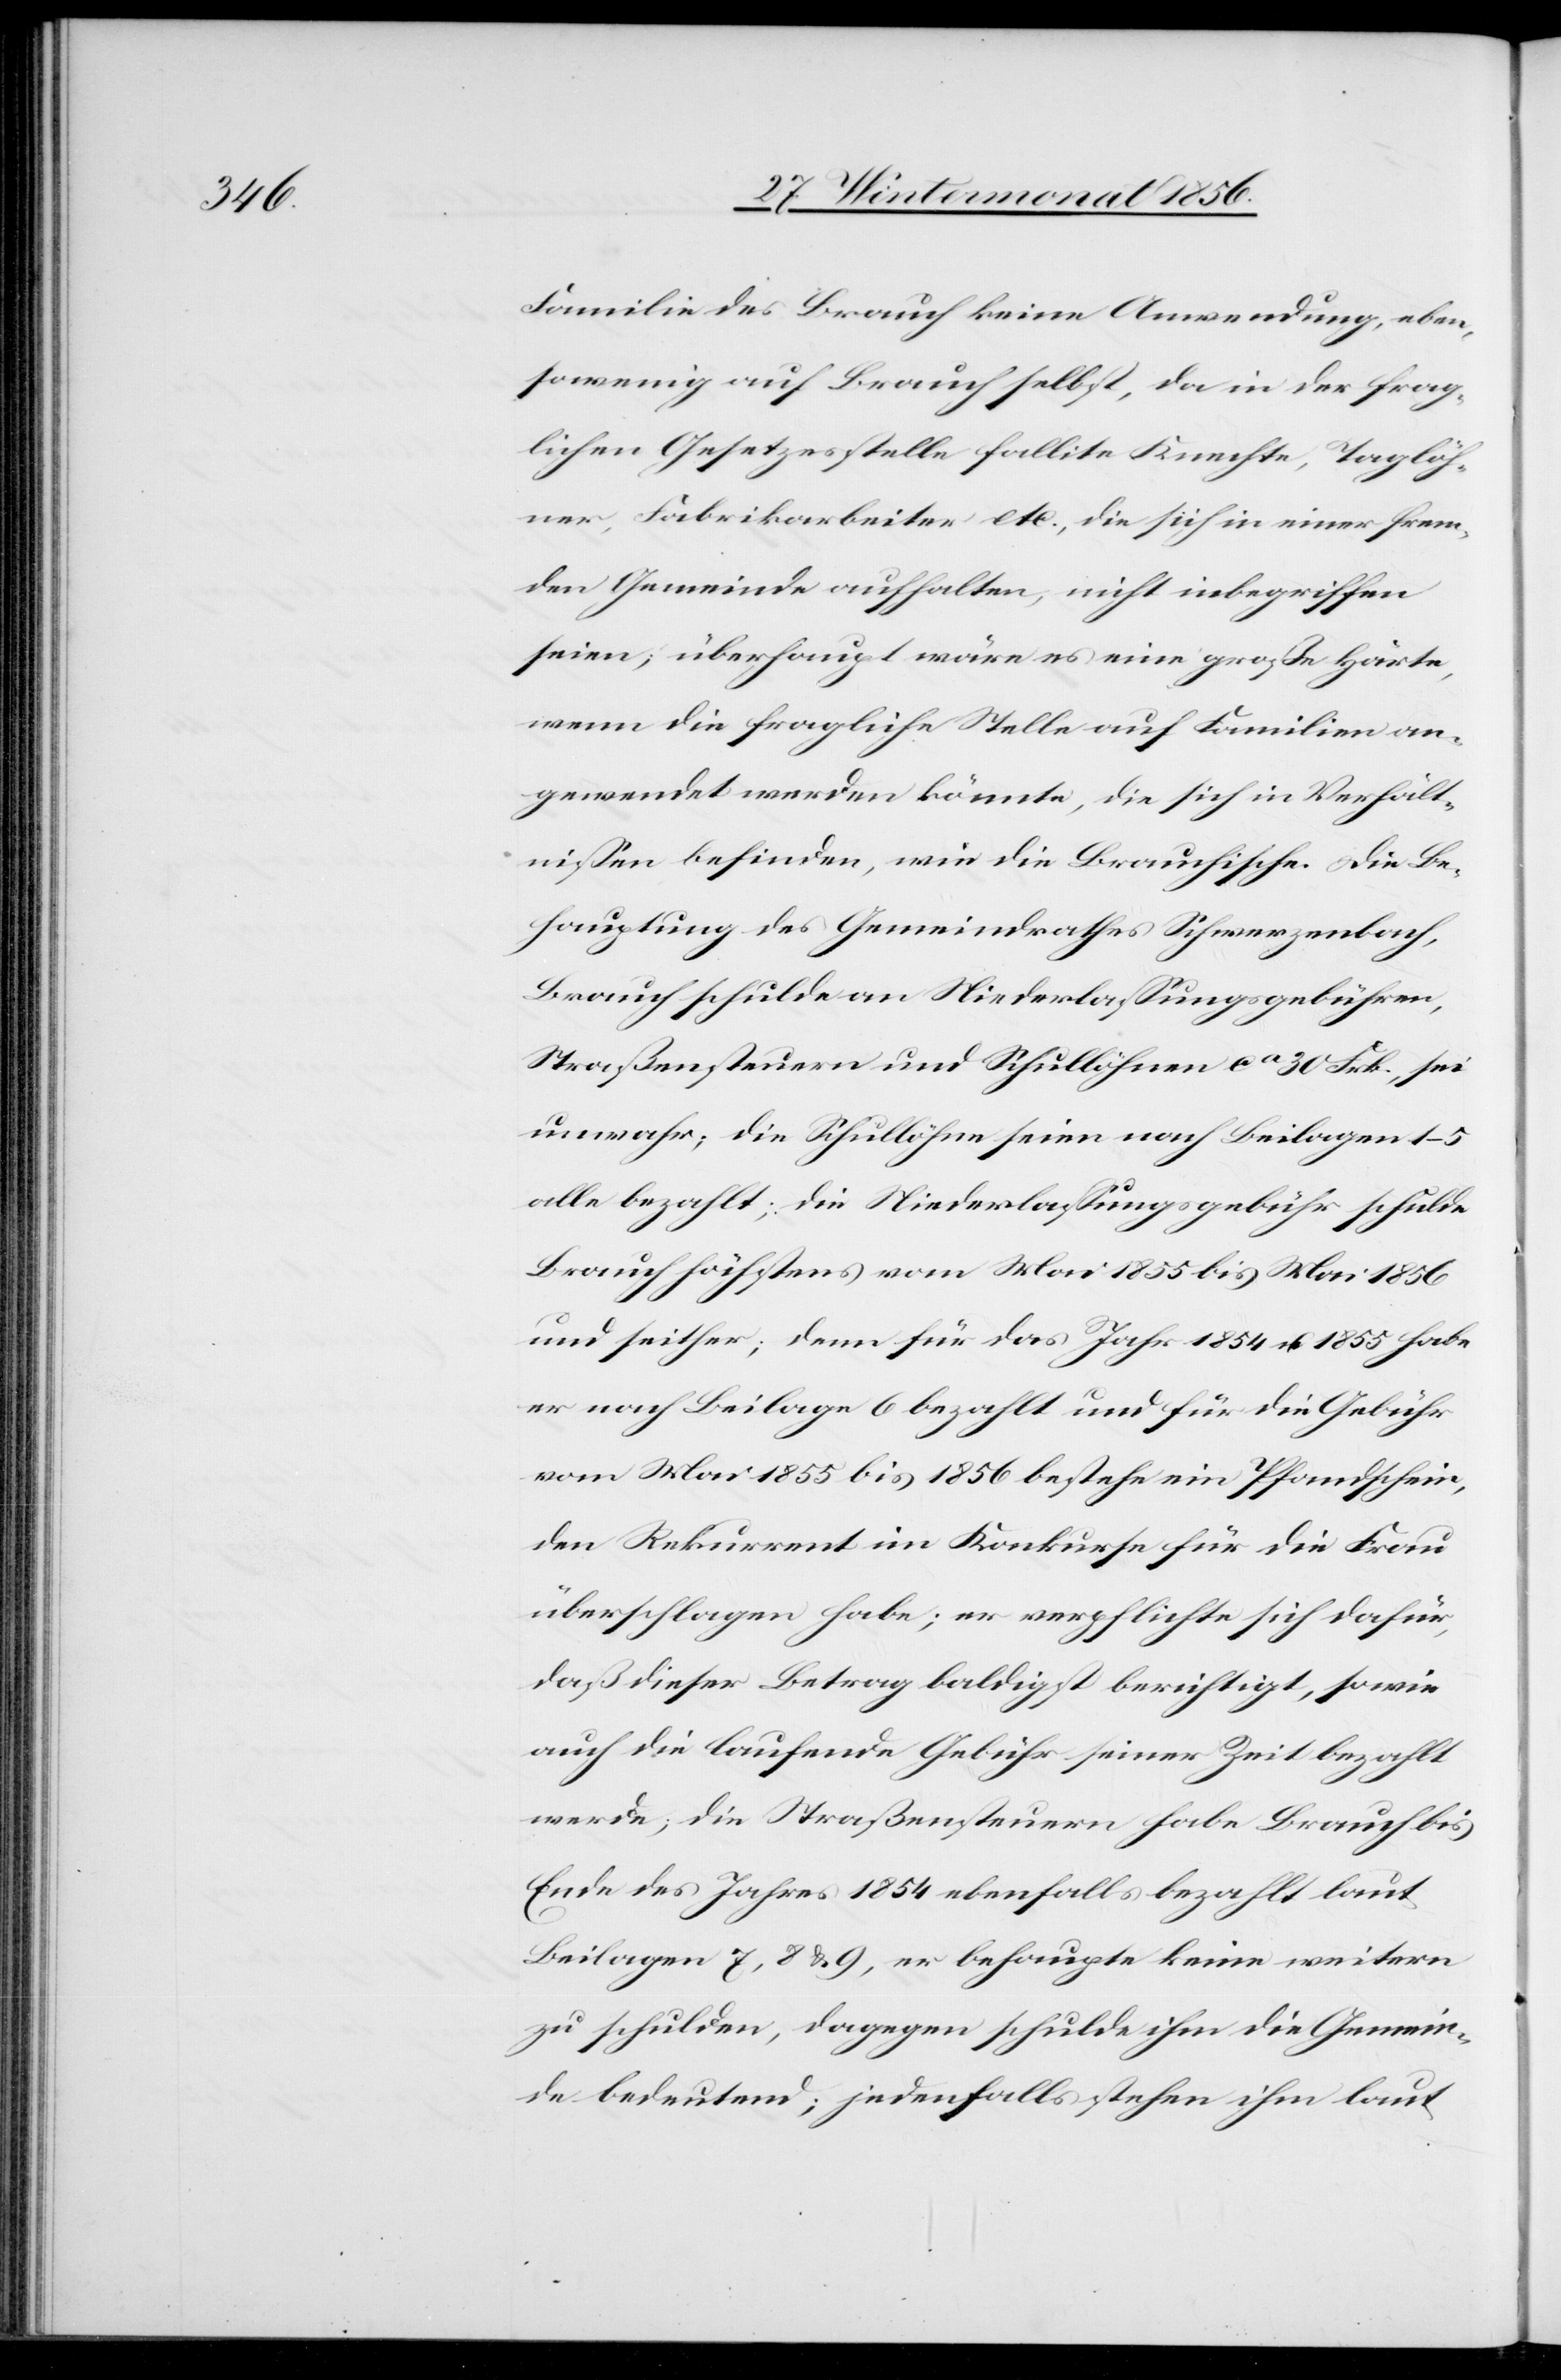
Familie des Brauch keine Anwendung, eben¬
sowenig auf Brauch selbst, da in der frag¬
lichen Gesetzesstelle fallite Knechte, Taglöh¬
ner, Fabrikarbeiter etc., die sich in einer frem¬
den Gemeinde aufhalten, nicht inbegriffen
seien; überhaupt wäre es eine große Härte,
wenn die fragliche Stelle auf Familien an¬
gewendet werden könnte, die sich in Verhält¬
nissen befinden, wie die Brauchische. Die Be¬
hauptung des Gemeindrathes Schwerzenbach,
Brauch schulde an Niederlassungsgebühren,
Straßensteuern und Schullöhnen ca 30 Frk., sei
unwahr; die Schullöhne seien nach Beilagen 1–5
alle bezahlt; die Niederlassungsgebühr schulde
Brauch höchstens vom Mai 1855 bis Mai 1856
und seither; denn für das Jahr 1854 & 1855 habe
er nach Beilage 6 bezahlt und für die Gebühr
vom Mai 1855 bis 1856 bestehe ein Pfandschein,
den Rekurrent im Konkurse für die Frau
überschlagen habe; er verpflichte sich dafür,
daß dieser Betrag baldigst berichtigt, sowie
auch die laufende Gebühr seiner Zeit bezahlt
werde; die Straßensteuern habe Brauch bis
Ende des Jahres 1854 ebenfalls bezahlt laut
Beilagen 7, 8 & 9, er behaupte keine weitern
zu schulden, dagegen schulde ihm die Gemein¬
de bedeutend; jedenfalls stehen ihm laut